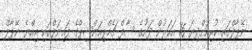
ނޭޕާލްގައި ކުރިއަށްދިޔަ 16 އަހަރުން ދަށުގެ ސާފް ޗެމްޕިއަންޝިޕްގެ ފައިނަލްގައި އިއްޔެ ނޭޕާލް